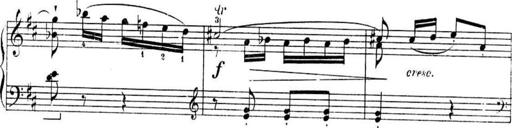
Title: Sonatines
Composer: Hedwige ChrÃ©tien